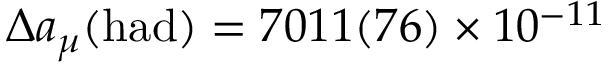
\Delta a _ { \mu } ( \mathrm { h a d } ) = 7 0 1 1 ( 7 6 ) \times 1 0 ^ { - 1 1 }